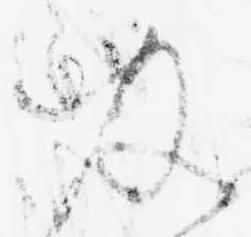
及